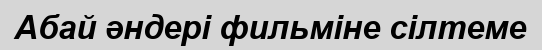
Абай әндері фильміне сілтеме